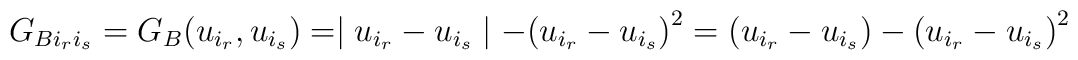
G_{Bi_r i_s} = G_B(u_{i_r},u_{i_s}) = \mid u_{i_r} - u_{i_s}\mid-{(u_{i_r}-u_{i_s})}^2 = (u_{i_r}-u_{i_s}) - {(u_{i_r}-u_{i_s})}^2